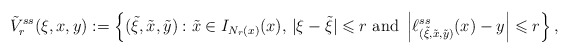
\begin{align*}\tilde{V} ^{ss} _r ( \xi , x , y ) := \left\{ (\tilde{\xi} , \tilde{x} , \tilde{y}) : \tilde{x} \in I _{N _r (x)} (x) , \, | \xi - \tilde{\xi} | \leqslant r \mbox{ and } \left| \ell ^{ss} _{(\tilde{\xi}, \tilde{x}, \tilde{y})} ( x ) - y \right| \leqslant r \right\} ,\end{align*}